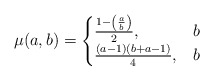
\begin{align*}\mu(a,b)=\begin{cases}\frac{1-\left( \frac{a}{b} \right)}{2}, & b \\\frac{(a-1)(b+a-1)}{4}, & b\end{cases} \end{align*}